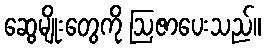
ဆွေမျိုးတွေကို ဩဇာပေးသည်။